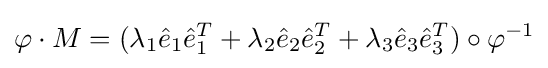
\varphi \cdot M=(\lambda _{1}{\hat {e}}_{1}{\hat {e}}_{1}^{T}+\lambda _{2}{\hat {e}}_{2}{\hat {e}}_{2}^{T}+\lambda _{3}{\hat {e}}_{3}{\hat {e}}_{3}^{T})\circ \varphi ^{-1}